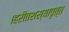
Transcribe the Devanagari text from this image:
।हरीतशस्यावृत्त